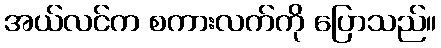
အယ်လင်က စကားလက်ကို ပြောသည်။